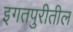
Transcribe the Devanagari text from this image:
इगतपुरीतील